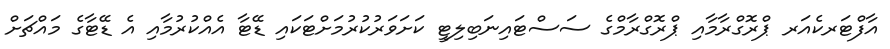
އާފްޓަރކެއަރ ޕްރޮގްރާމާއި ޕްރޮގްރާމްގެ ސަސްޓައިނަބިލިޓީ ކަށަވަރުކުރުމަށްޓަކައި ޑޭޓާ އެއްކުރުމާއި އެ ޑޭޓާގެ މައްޗަށް